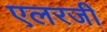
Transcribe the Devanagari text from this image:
एलरजी